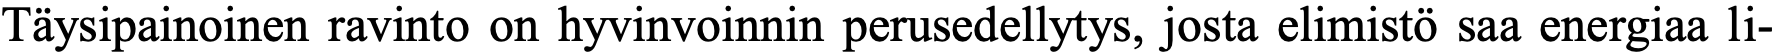
Täysipainoinen ravinto on hyvinvoinnin perusedellytys, josta elimistö saa energiaa li-